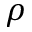
\rho